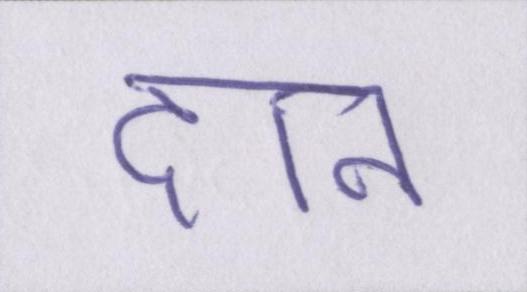
दान